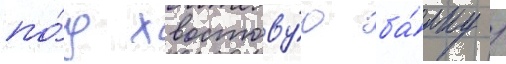
по́д хвостову́ю ба́лку /